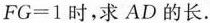
$$FG=1$$时，求AD的长。